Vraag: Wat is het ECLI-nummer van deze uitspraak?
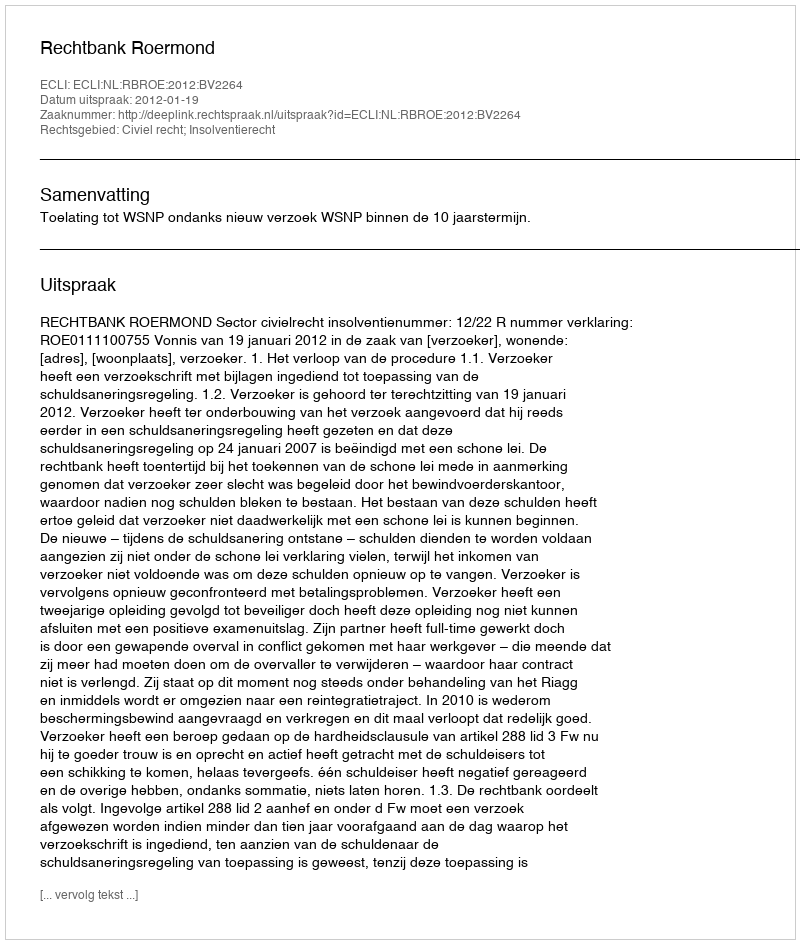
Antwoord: ECLI:NL:RBROE:2012:BV2264